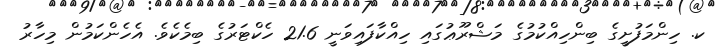
ކ. ހިންމަފުށީގެ ބިންހިއްކުމުގެ މަޝްރޫޢުގައި ހިއްކާފައިވަނީ 21.6 ހެކްޓަރުގެ ބިމެކެވެ. އެހެންކަމުން މިހާރު